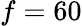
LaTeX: f=60